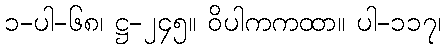
၁-ပါ-၆၈၊ ဋ္ဌ-၂၄၅။ ဝိပါကကထာ။ ပါ-၁၁၇၊